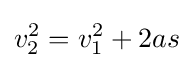
v_{2}^{2}=v_{1}^{2}+2as